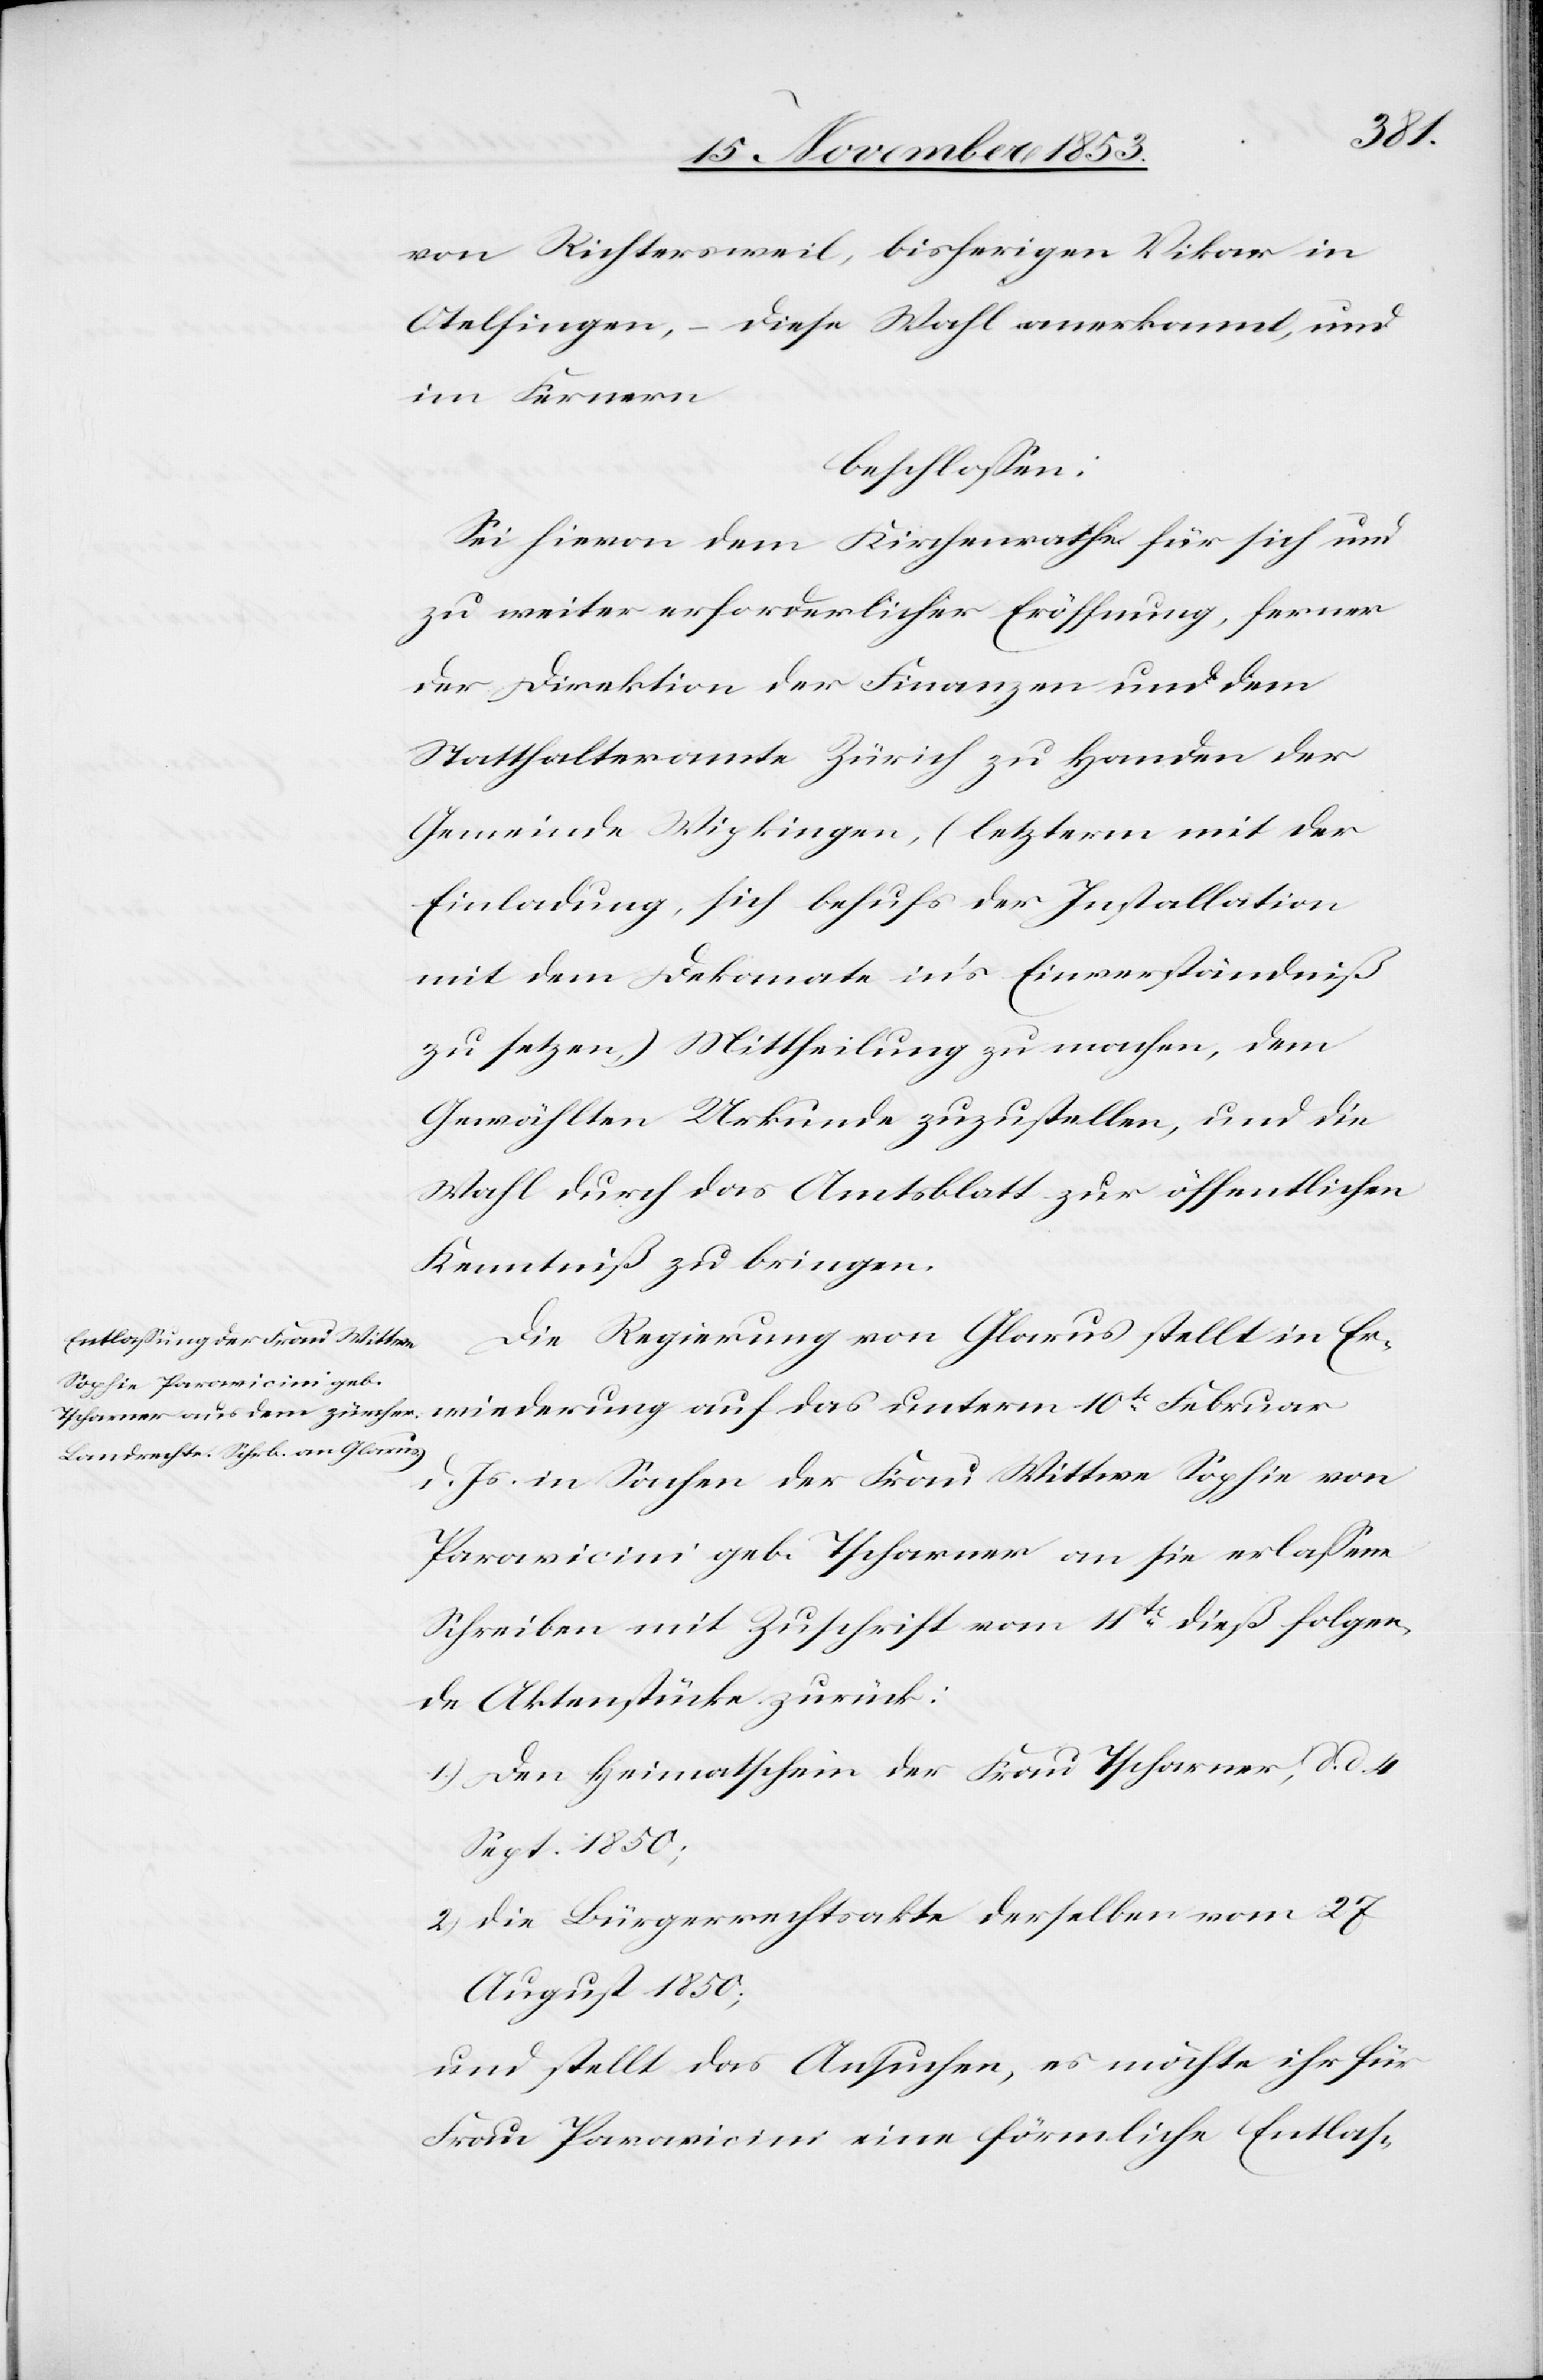
10te
von Richtersweil, bisherigen Vikar in
Otelfingen, – diese Wahl anerkannt, und
im Fernern
beschloßen:
Sei hievon dem Kirchenrathe für sich und
zu weiter erforderlicher Eröffnung, ferner
der Direktion der Finanzen und dem
Statthalteramte Zürich zu Handen der
Gemeinde Wipkingen, (letzterm mit der
Einladung, sich behufs der Installation
mit dem Dekanate in’s Einverständniß
zu setzen) Mittheilung zu machen, dem
Gewählten Urkunde zuzustellen, und die
Wahl durch das Amtsblatt zur öffentlichen
Kenntniß zu bringen.
Die Regierung von Glarus stellt in Er¬
d. Js. in Sachen der Frau Wittwe Sophie von
Paravicini geb. Tscharner an sie erlassene
Schreiben mit Zuschrift vom 4t[en] dieß folgen¬
de Aktenstücke zurück:
1.) Den Heimatschein der Frau Tscharner, d. d. 4
Sept. 1850;
2.) Die Bürgerrechtsakte derselben vom 27
August 1850;
und stellt das Ansuchen, es möchte ihr für
Frau Paravicini eine förmliche Entlas-